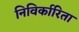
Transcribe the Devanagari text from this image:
निविर्कारिता